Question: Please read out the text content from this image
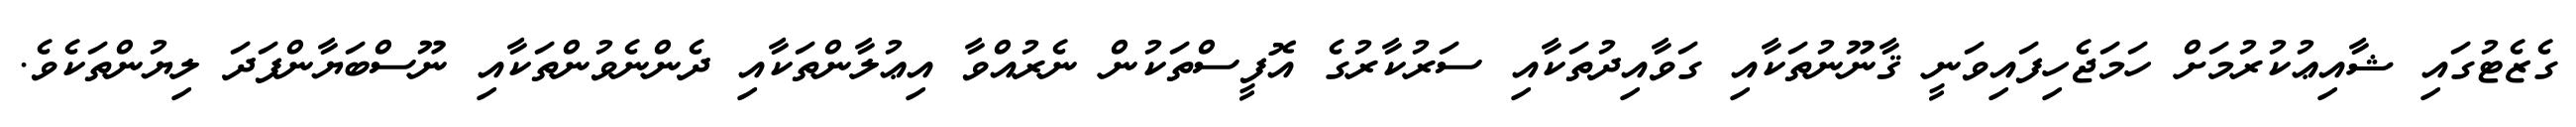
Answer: ގެޒެޓުގައި ޝާއިޢުކުރުމަށް ހަމަޖެހިފައިވަނީ ޤާނޫނުތަކާއި ގަވާއިދުތަކާއި ސަރުކާރުގެ އޮފީސްތަކުން ނެރުއްވާ އިޢުލާންތަކާއި ދެންނެވުންތަކާއި ނޫސްބަޔާންފަދަ ލިޔުންތަކެވެ.